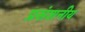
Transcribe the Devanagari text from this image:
प्रसंशनीय